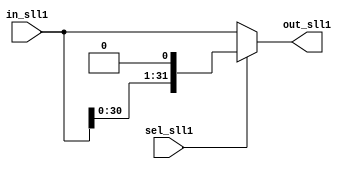
module SLL1 (in_sll1, sel_sll1, out_sll1);
  input [31:0] in_sll1;
  input sel_sll1;
  output [31:0] out_sll1;
  
  assign out_sll1 = (sel_sll1) ? {in_sll1[30:0],1'b0} : in_sll1;
endmodule